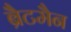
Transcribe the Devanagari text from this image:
ब्रैटमैन